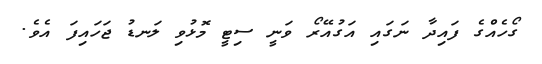
ގޯހެއްގެ ފައިދާ ނަގައި އަގުއޭރޯ ވަނީ ސިޓީ މޮޅުވި ލަނޑު ޖަހައިފަ އެވެ.